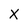
Character: X